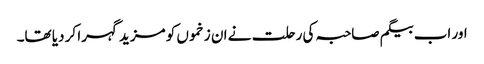
اور اب بیگم صاحبہ کی رحلت نے ان زخموں کو مزید گہرا کر دیا تھا۔